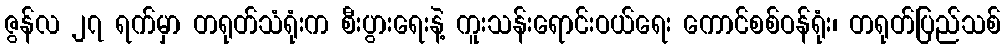
ဇွန်လ ၂၇ ရက်မှာ တရုတ်သံရုံးက စီးပွားရေးနဲ့ ကူးသန်းရောင်းဝယ်ရေး ကောင်စစ်ဝန်ရုံး၊ တရုတ်ပြည်သစ်